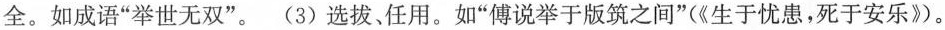
全。如成语”举世无双”。(3) 选拔、任用。如”傅说举于版筑之间”(《生于忧患，死于安乐》。